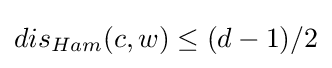
dis_{Ham}(c,w)\leq (d-1)/2